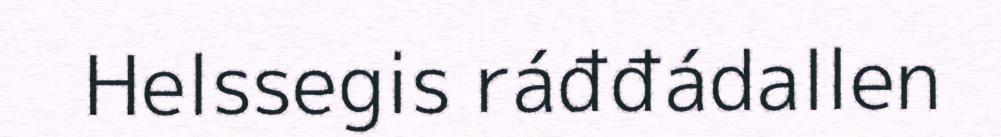
Helssegis ráđđádallen